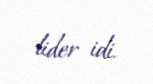
lider idi.